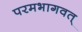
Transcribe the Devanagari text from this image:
परमभागवत्